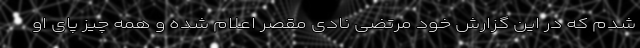
شدم که در این گزارش خود مرتضی نادی مقصر اعلام شده و همه چیز پای او